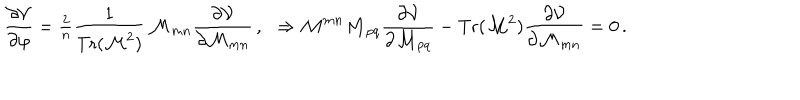
\frac { \partial { \cal V } } { \partial \varphi } = { \textstyle \frac { 2 } { n } } \frac { 1 } { \mathrm { T r } ( { \cal M } ^ { 2 } ) } \, { \cal M } _ { m n } \frac { \partial { \cal V } } { \partial { \cal M } _ { m n } } \, , \, \, \, \, \Rightarrow { \cal M } ^ { m n } { \cal M } _ { p q } \frac { \partial { \cal V } } { \partial { \cal M } _ { p q } } - \mathrm { T r } ( { \cal M } ^ { 2 } ) \frac { \partial { \cal V } } { \partial { \cal M } _ { m n } } = 0 \, .